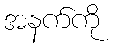
အနက်ကို